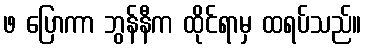
ဖ ပြောကာ ဘွန်နီက ထိုင်ရာမှ ထရပ်သည်။